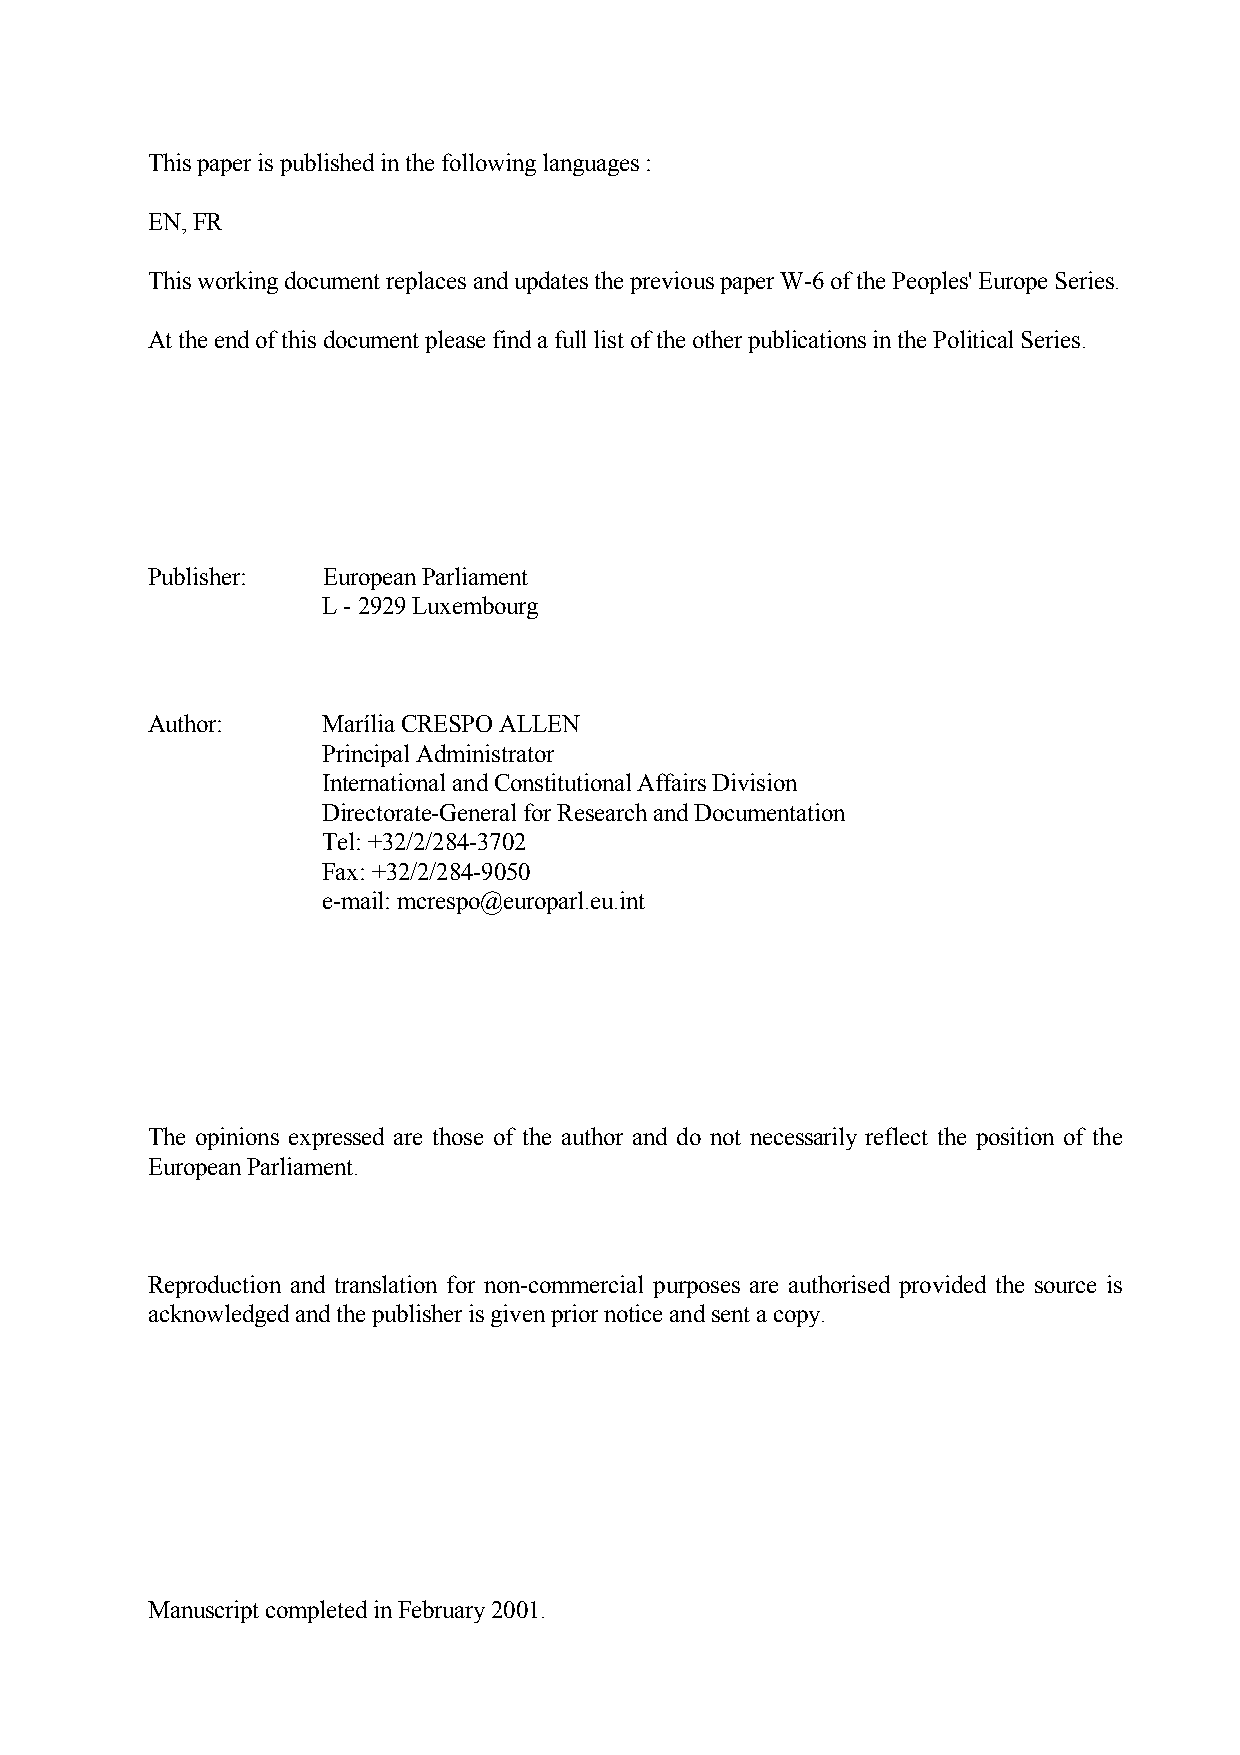
This paper is published in the following languages :
 EN, FR
 This working document replaces and updates the previous paper W-6 of the Peoples' Europe Series.
 At the end of this document please find a full list of the other publications in the Political Series.
 Publisher: European Parliament
 L - 2929 Luxembourg
 Author:    Marília CRESPO ALLEN
 Principal Administrator
 International and Constitutional Affairs Division
 Directorate-General for Research and Documentation
 Tel: +32/2/284-3702
 Fax: +32/2/284-9050
 e-mail: mcrespo@europarl.eu.int
 The opinions expressed are those of the author and do not necessarily reflect the position of the
 European Parliament.
 Reproduction and translation for non-commercial purposes are authorised provided the source is
 acknowledged and the publisher is given prior notice and sent a copy.
 Manuscript completed in February 2001.